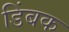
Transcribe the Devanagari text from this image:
डिंबक